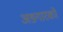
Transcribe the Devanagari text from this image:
अङ्गारको